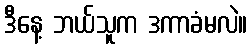
ဒီနေ့ ဘယ်သူက ဒကာခံမလဲ။